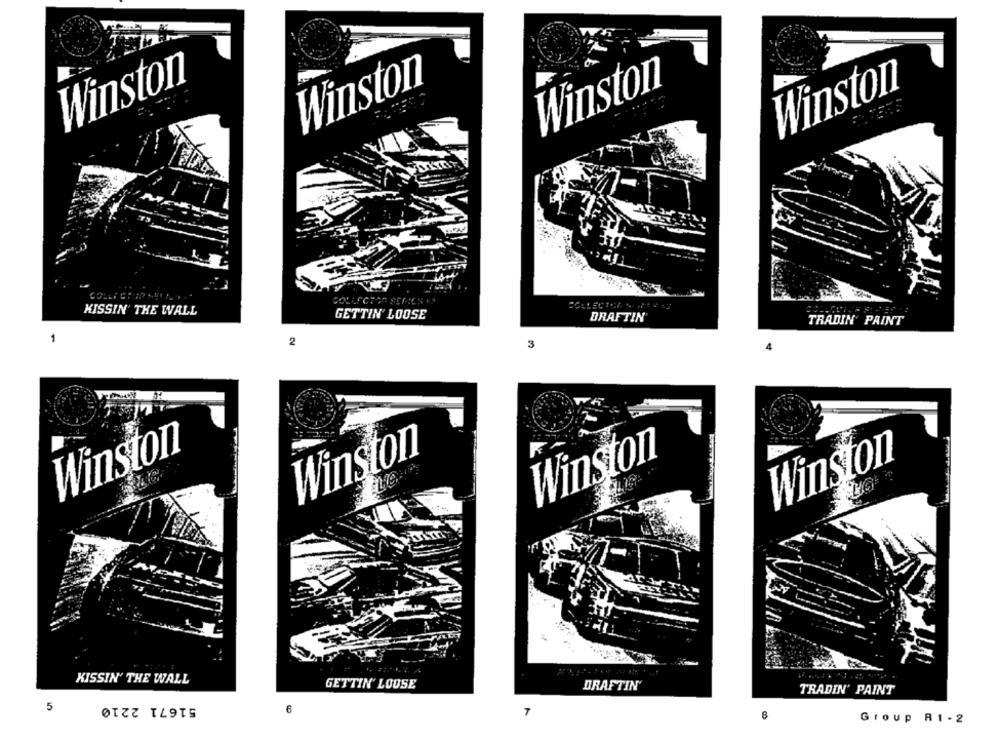
Winston
Winston
Winston
Winston
COLLECTEA
KISSIN THE WALL
GETTIN LOOSE
DRAFTIN
TRADIN PAINT
2
3
Winston
Winston
Winston
Winston
KISSIN' THE WALL
GETTIN' LOUSE
DRAFTIN
TRADIN' PAINT
51671 2210
5
6
8
Group R1 - 2